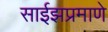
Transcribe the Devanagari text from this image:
साईझप्रमाणे